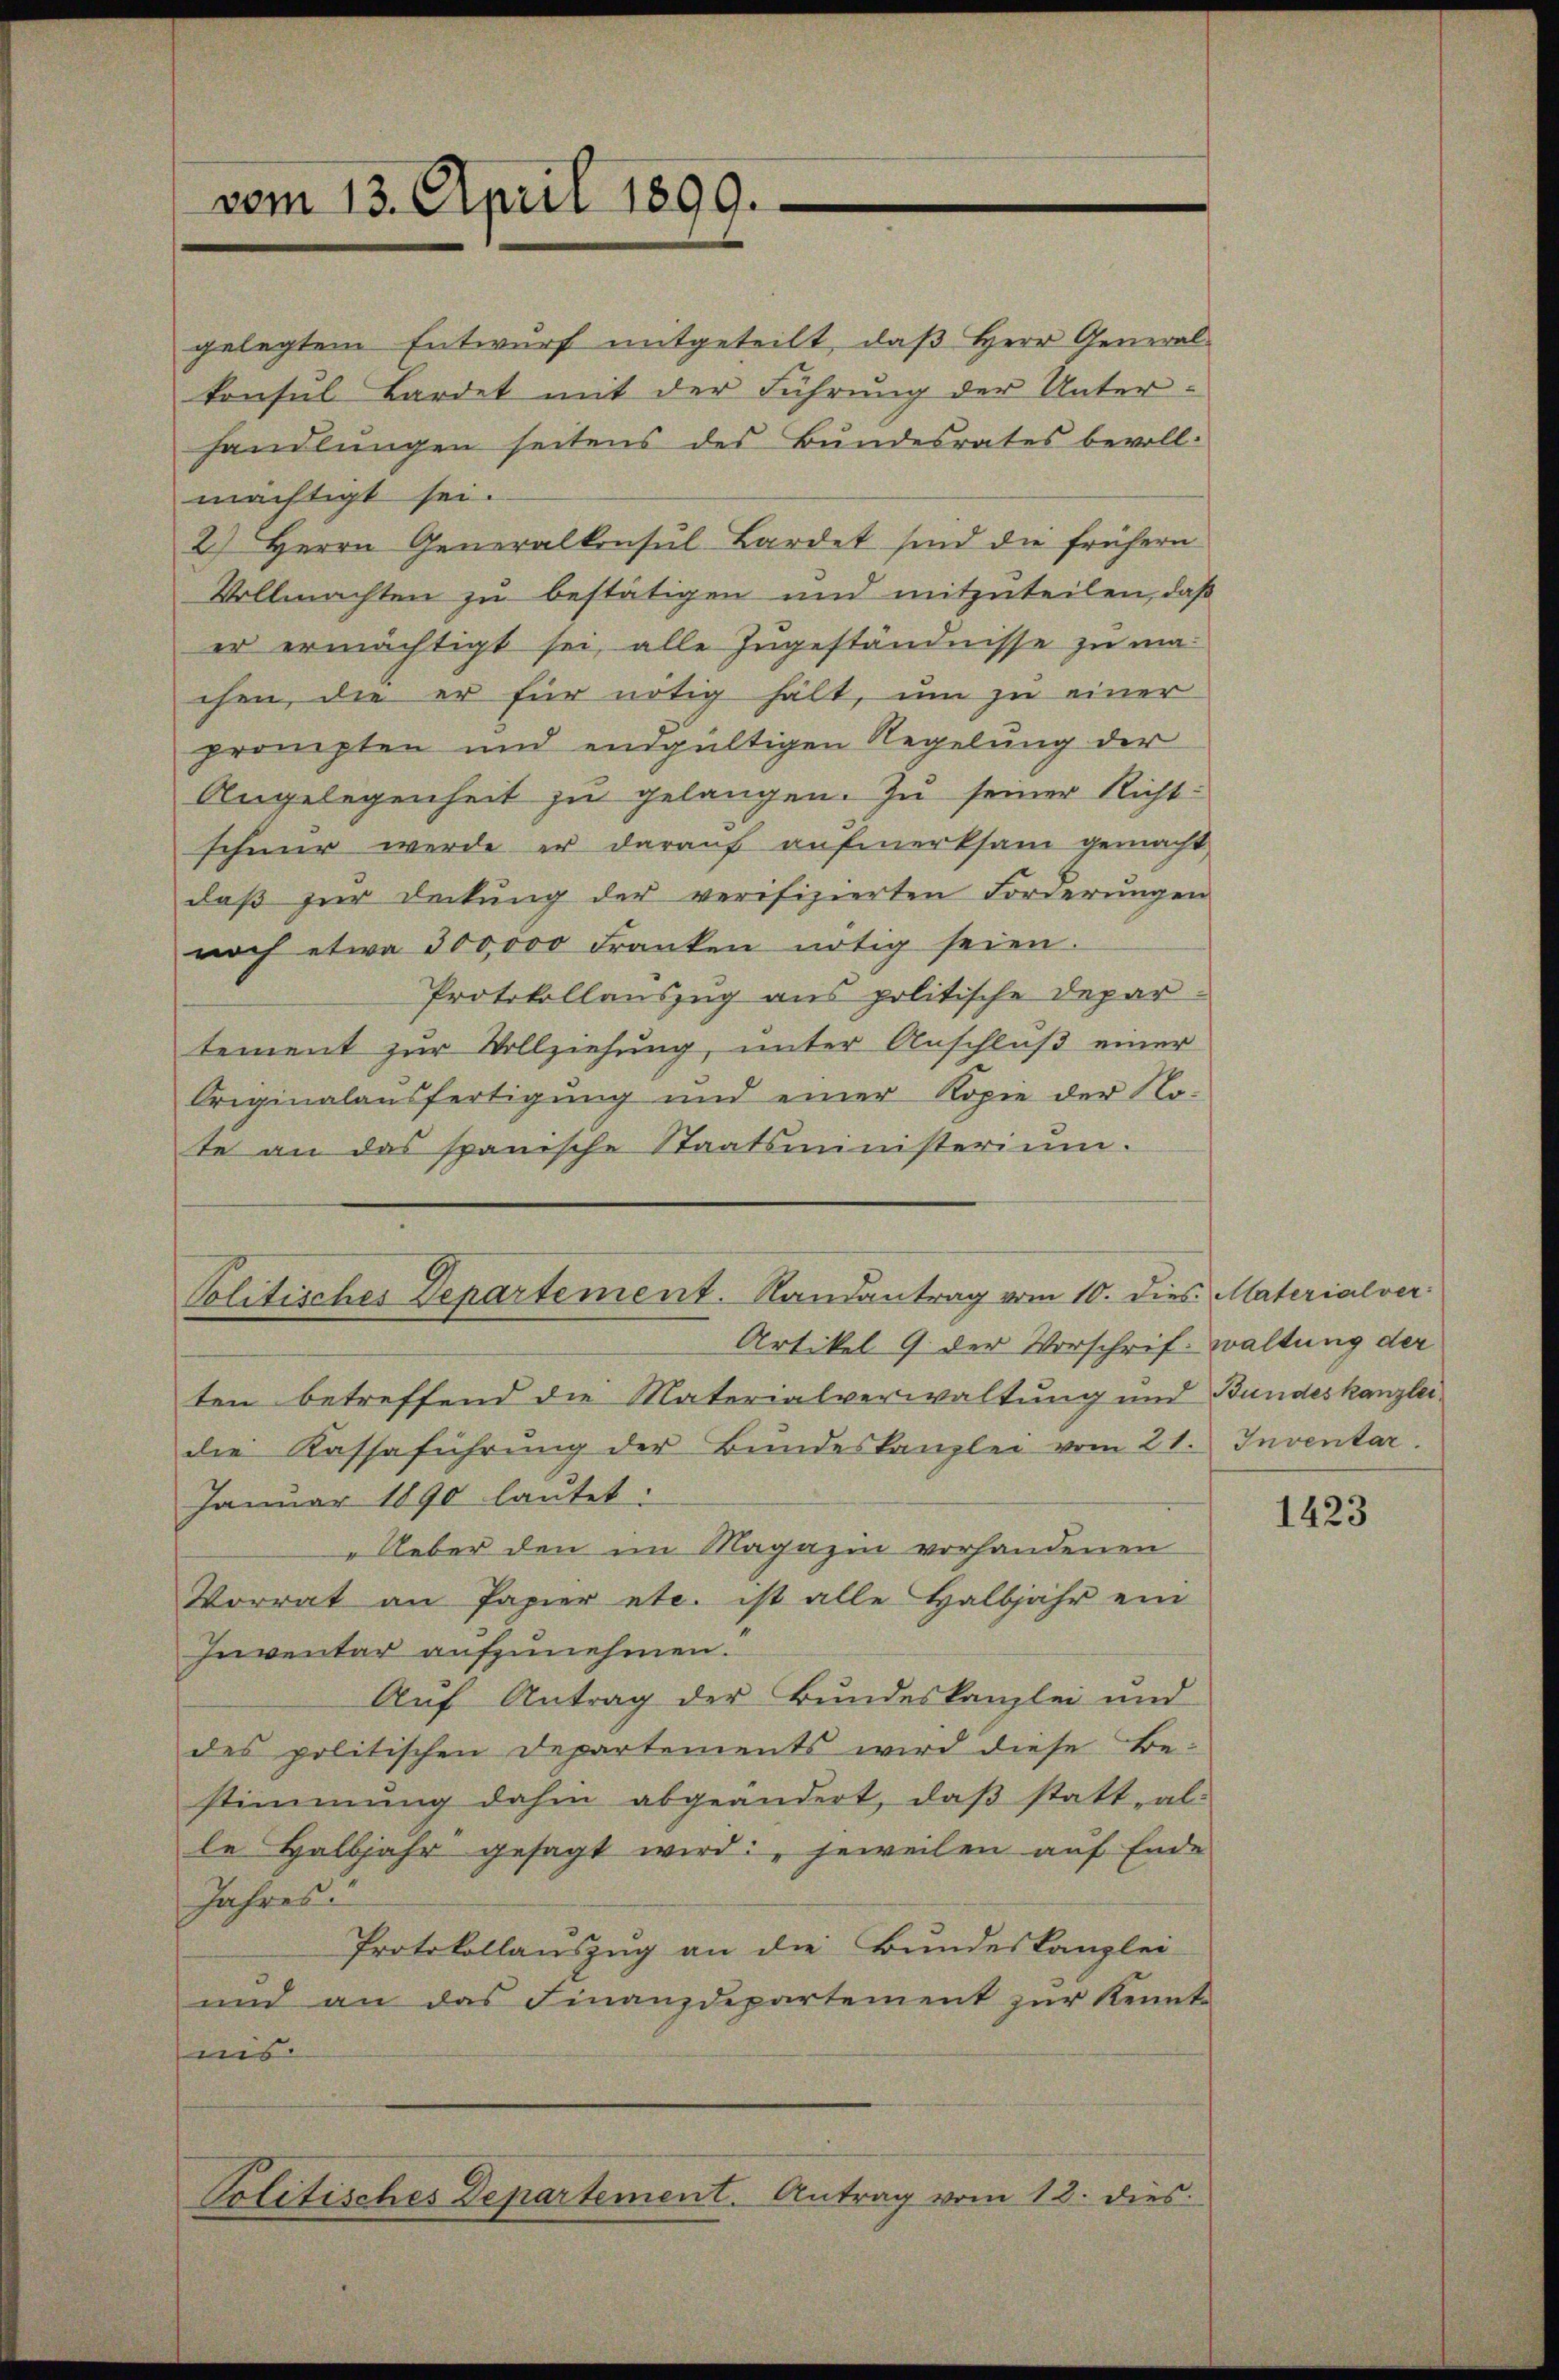
vom 13. April 1890.

gelegten Entwurf mitgeteilt, daß Herr General-
konsul Bardet mit der Führung der Unterhandlungen seitens des Bundesrates bevollmächtigt sei.
2) Herrn Generalkonsul Bardet sind die frühern
Vollmachten zu bestätigen und mitzuteilen, daß
er ermächtigt sei, alle Zugeständnisse zu ma-
chen, die er für nötig hält, um zu einer
prompten und endgültigen Regelung der
Angelegenheit zu gelangen. Zu seiner Richt-
schmer werde er darauf aufmerksam gemacht,
daß zur Deckung der verifizierten Forderungen
noch etwa 300,000 Franken nötig seien.
Protokollauszug aus politische Departement zur Vollziehung, unter Anschluß einer
Originalausfertigung und einer Kopie der No-
te an das spanische Staatsministerium.
Politisches Departement. Randantrag vom 10. dies. Materialver
Artikel 9. der Vorschrif- waltung der
ten betreffend die Materialverwaltung und Bundeskanzlei-
die Kassaführŭng der Bŭndeskanzlei vom 21. Inventar
Januar 1890 lautet:
"Ueber den im Magazin vorhandenen
Vorrat an Papier etc. ist alle Halbjahr ein
Inventar aufzunehmen.
Auf Antrag der Bundeskanzlei und
des politischen Departements wird diese Be-
stimmung dahin abgeändert, daß statt, al
le Halbjahr gesagt wird: „jeweilen auf Ende
Jahres
Protokollauszug an die Bundeskanzlei-
und an das Finanzdepartement zur Kenntnis.
Politisches Departement. Antrag vom 13. dies

1423